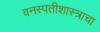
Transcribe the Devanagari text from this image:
वनस्पतीशास्त्राचा